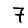
Digit: 7